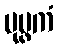
ပုပ္ဖကံ